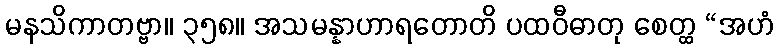
မနသိကာတဗ္ဗာ။ ၃၅၈။ အသမန္နာဟာရတောတိ ပထဝီဓာတု စေတ္ထ “အဟံ